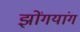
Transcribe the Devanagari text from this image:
झोंगयांग